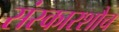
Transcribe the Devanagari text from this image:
संस्कारशौच